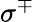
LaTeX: \sigma^{\mp}